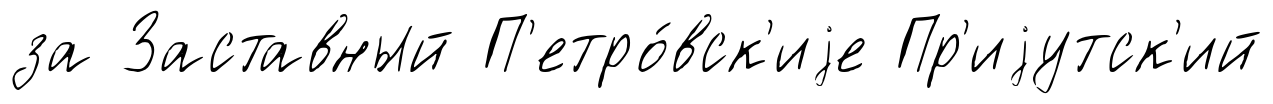
за Заставный П'етро́вск'иjе Пр'иjутск'ий